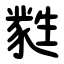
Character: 㽔